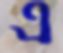
এ